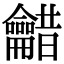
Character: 𮯠